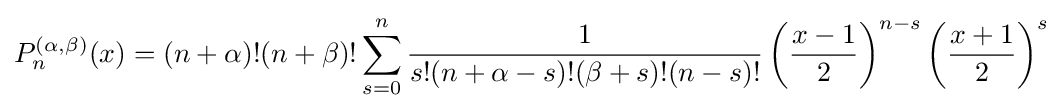
P_{n}^{(\alpha ,\beta )}(x)=(n+\alpha )!(n+\beta )!\sum _{s=0}^{n}{\frac {1}{s!(n+\alpha -s)!(\beta +s)!(n-s)!}}\left({\frac {x-1}{2}}\right)^{n-s}\left({\frac {x+1}{2}}\right)^{s}